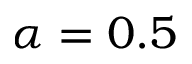
\alpha = 0 . 5